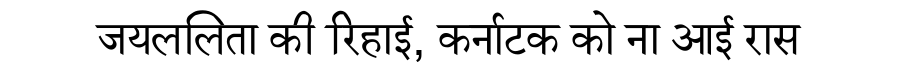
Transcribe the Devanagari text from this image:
जयललिता की रिहाई, कर्नाटक को ना आई रास